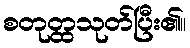
စတုတ္ထသုတ်ပြီး၏။